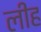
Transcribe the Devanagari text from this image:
लीह